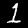
Label: 1